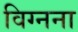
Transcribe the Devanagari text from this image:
विग्नना